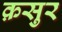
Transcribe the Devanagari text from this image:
क़सुर